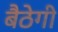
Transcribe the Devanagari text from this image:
बैठेगी